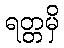
ရတ္တမှိ